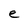
Character: e